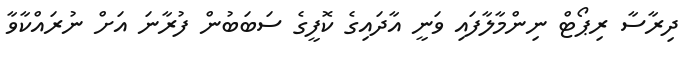
ދިރާސާ ރިޕޯޓް ނިންމާލާފައި ވަނީ އާދައިގެ ކޮފީގެ ސަބަބުން ފުރާނަ އަށް ނުރައްކާވާ